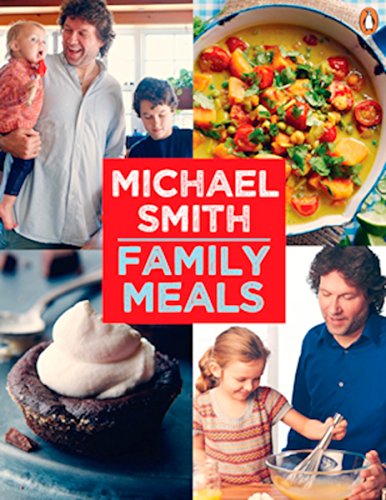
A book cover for Family Meals: 100 Easy Everyday Recipes; Michael Smith; Cookbooks, Food & Wine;